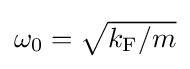
{\textstyle \omega _{0}={\sqrt {k_{\text{F}}/m}}}